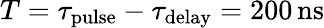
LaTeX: T=\tau_{\mathrm{pulse}}-\tau_{\mathrm{delay}}=200\, \mathrm{ns}